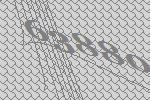
63880